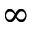
\infty